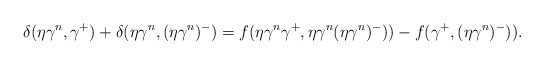
\begin{align*}\delta(\eta \gamma^n, \gamma^+)+\delta(\eta \gamma^n, (\eta\gamma^n)^-)=f(\eta \gamma^n \gamma^+, \eta \gamma^n (\eta\gamma^n)^-))-f(\gamma^+,(\eta\gamma^n)^-)).\end{align*}